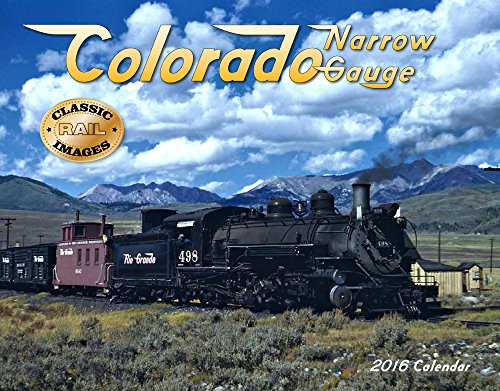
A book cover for Colorado Narrow Gauge 2016 Calendar 11x14; Tide-mark Classic Train Series; Calendars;